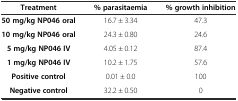
<table><thead><tr><td><b>Treatment</b></td><td><b>% parasitaemia</b></td><td><b>% growth inhibition</b></td></tr></thead><tbody><tr><td><b>50 mg/kg NP046 oral</b></td><td>16.7 ± 3.34</td><td>47.3</td></tr><tr><td><b>10 mg/kg NP046 oral</b></td><td>24.3 ± 0.80</td><td>24.6</td></tr><tr><td><b>5 mg/kg NP046 IV</b></td><td>4.05 ± 0.12</td><td>87.4</td></tr><tr><td><b>1 mg/kg NP046 IV</b></td><td>10.2 ± 1.75</td><td>57.6</td></tr><tr><td><b>Positive control</b></td><td>0.01 ± 0.0</td><td>100</td></tr><tr><td><b>Negative control</b></td><td>32.2 ± 0.50</td><td>0</td></tr></tbody></table>